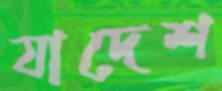
যাদেশ